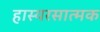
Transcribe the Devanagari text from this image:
हास्यरसात्मक